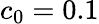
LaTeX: c_{0}=0.1